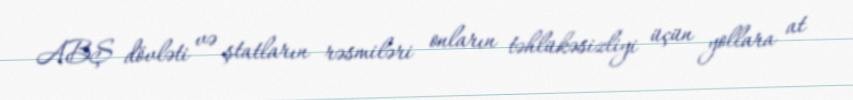
ABŞ dövləti və ştatların rəsmiləri onların təhlükəsizliyi üçün yollara at